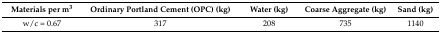
| Materials per m3 | Ordinary Portland Cement (OPC) (kg) | Water (kg) | Coarse Aggregate (kg) | Sand (kg) |
 | --- | --- | --- | --- | --- |
 | w/c = 0.67 | 317 | 208 | 735 | 1140 |